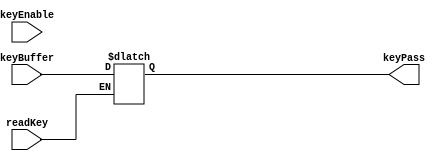
module KEY ( keyEnable, keyPass, readKey, keyBuffer);
	
	input keyEnable, // signal to enable the circuits in the key (used to ensure only one iteration happens)
		  readKey; // signal to check if password is to be read or overwritten
	
	input[31:0] keyBuffer; // used to only write the new password into the keyPass register
	integer i;
	output reg[31:0] keyPass;

/*
	if(keyEnable == 0)
	begin
		$finish;
	end
*/


	initial
	begin
		for(i = 0;i < 32;i = i + 1)
			keyPass[i] <= 0;
	end


	always @(keyBuffer)
	begin	
		if(readKey == 0)
		begin
			// updating the new password in the key
			for(i = 0;i < 32;i = i + 1)
			begin
				keyPass[i] <= keyBuffer[i];
			end
		end
	end

endmodule